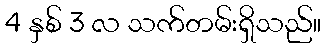
4 နှစ် 3 လ သက်တမ်းရှိသည်။